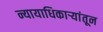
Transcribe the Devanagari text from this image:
न्यायाधिकाऱ्यांतून